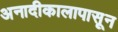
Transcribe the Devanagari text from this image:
अनादीकालापासून